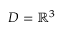
D = \mathbb { R } ^ { 3 }